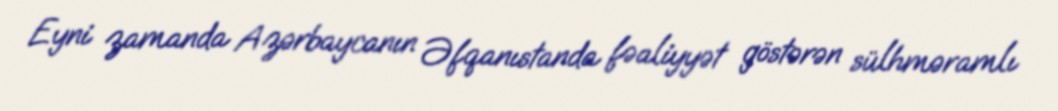
Eyni zamanda Azərbaycanın Əfqanıstanda fəaliyyət göstərən sülhməramlı